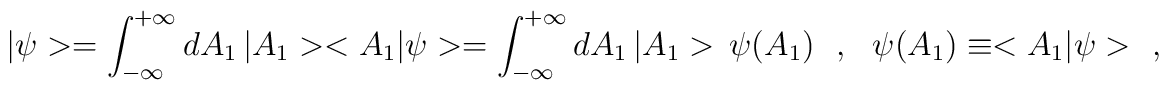
|\psi>=\int_{-\infty}^{+\infty}dA_1\,|A_1><A_1|\psi>=\int_{-\infty}^{+\infty}dA_1\,|A_1>\,\psi(A_1)\ \ \ ,\ \ \ \psi(A_1)\equiv <A_1|\psi>\ \ \ ,